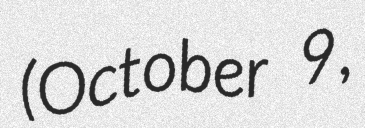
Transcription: (October 9,